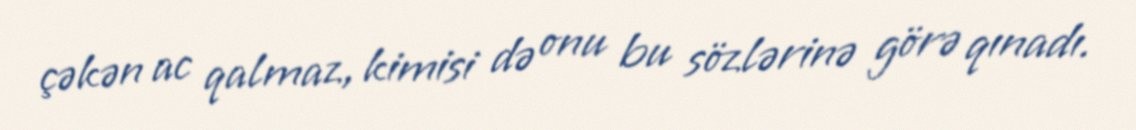
çəkən ac qalmaz, kimisi də onu bu sözlərinə görə qınadı.